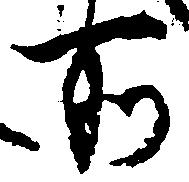
所